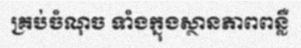
គ្រប់ចំណុច ទាំងក្នុងស្ថានភាពពន្លឺ